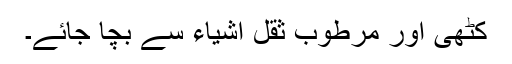
کٹھی اور مرطوب ثقل اشیاء سے بچا جائے۔